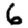
Digit: 6